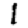
Digit: 1